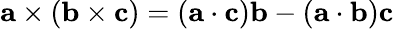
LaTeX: \mathbf{a}\times(\mathbf{b}\times\mathbf{c})=(\mathbf{a}\cdot\mathbf{c})\mathbf{b}-(\mathbf{a}\cdot\mathbf{b})\mathbf{c}